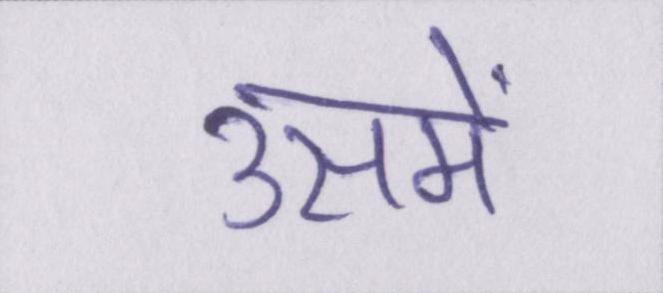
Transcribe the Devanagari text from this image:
उसमें